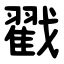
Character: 戳